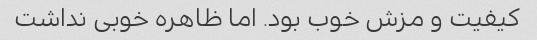
کیفیت و مزش خوب بود. اما ظاهره خوبی نداشت